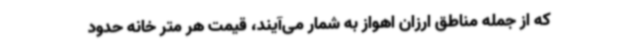
که از جمله مناطق ارزان اهواز به شمار می‌آیند، قیمت هر متر خانه حدود